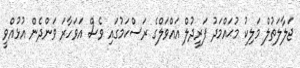
ޖަލާލަތުލް މަލިކު މުޙައްމަދު ފަރީދުލް އައްވަލްގެ ރަސްކަމުގައި ވެސް އަވަހާރަ ވަންދެން އުޅުއްވީ